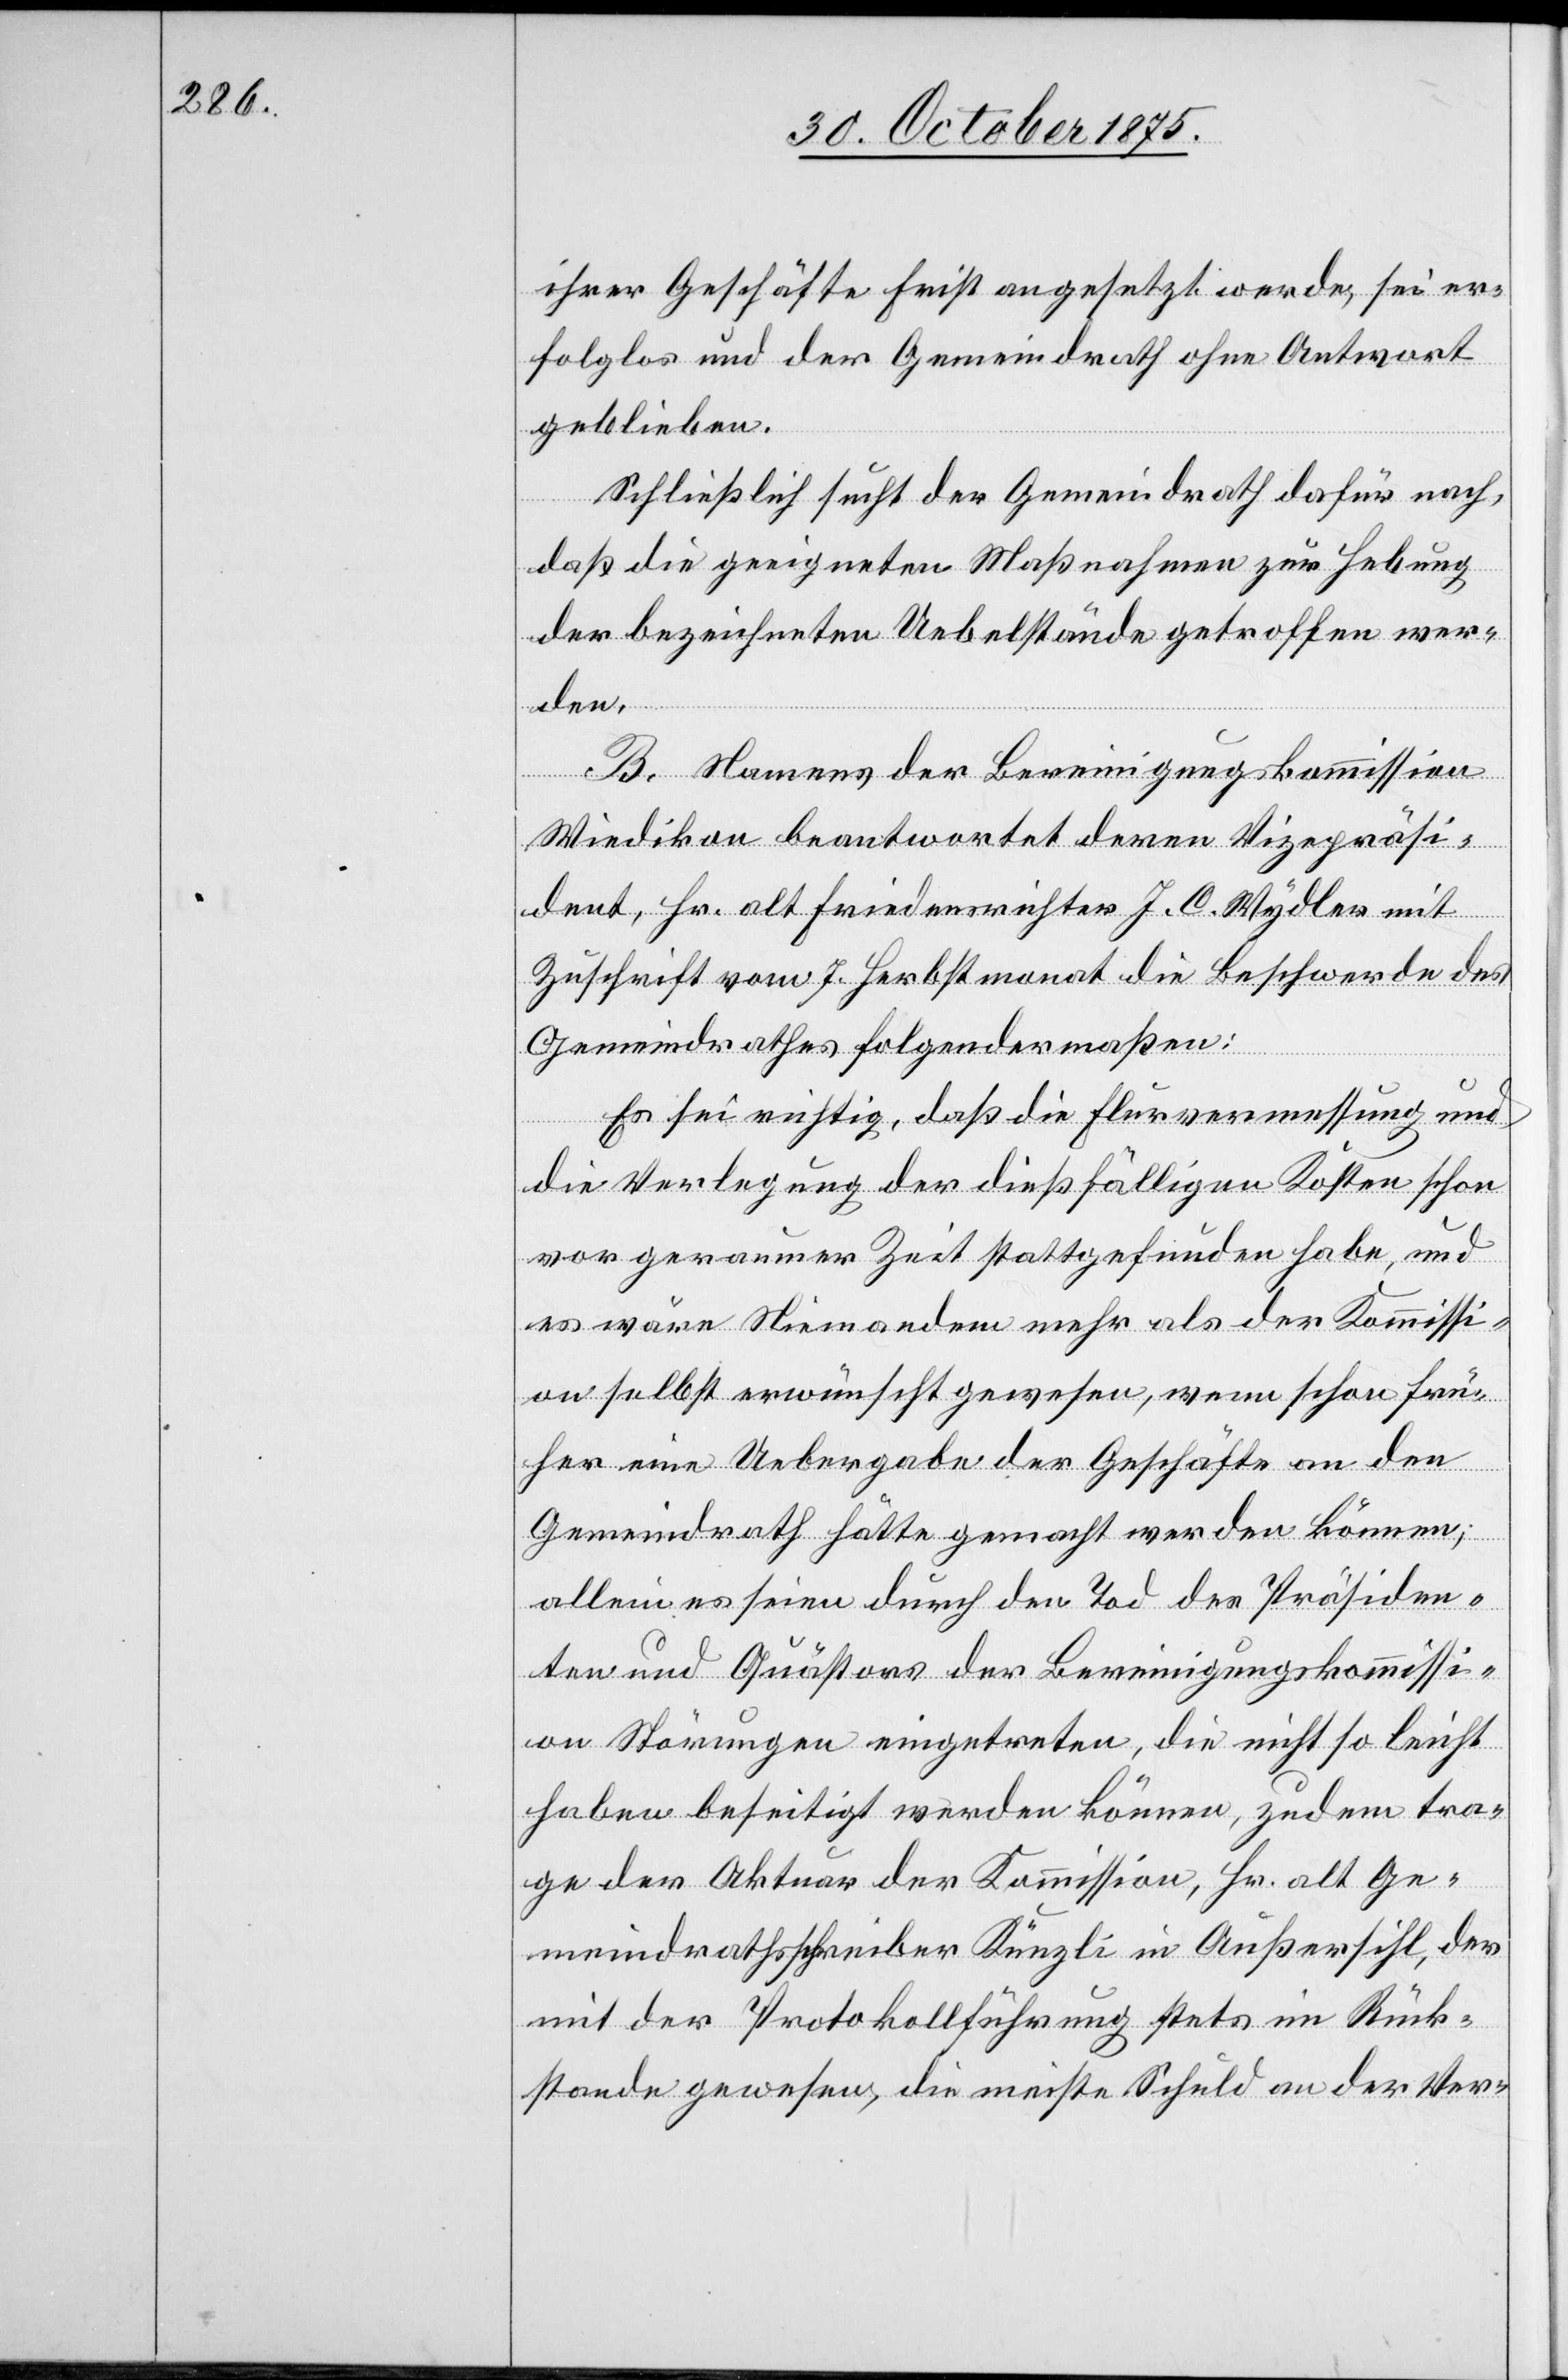
ihrer Geschäfte Frist angesetzt werde, sei er¬
folglos und der Gemeindrath ohne Antwort
geblieben.
Schließlich sucht der Gemeindrath dafür nach,
daß die geeigneten Maßnahmen zur Hebung
der bezeichneten Uebelstände getroffen wer¬
den.
B. Namens der Bereinigungskommission
Wiedikon beantwortet deren Vizepräsi¬
dent, Hr. alt Friedensrichter J. C. Wydler mit
Zuschrift vom 7. Herbstmonat die Beschwerde des
Gemeindrathes folgendermaßen:
Es sei richtig, daß die Flurvermessung und
die Verlegung der dießfälligen Kosten schon
vor geraumer Zeit stattgefunden habe, und
es wäre Niemandem mehr als der Kommissi¬
on selbst erwünscht gewesen, wenn schon frü¬
her eine Uebergabe der Geschäfte an den
Gemeindrath hätte gemacht werden können;
allein es seien durch den Tod des Präsiden¬
ten und Quästors der Bereinigungskommissi¬
on Störungen eingetreten, die nicht so leicht
haben beseitigt werden können, zudem tra¬
ge der Aktuar der Kommission, Hr. alt Ge¬
meindrathsschreiber Künzli in Außersihl, der
mit der Protokollführung stets im Rück¬
stande gewesen, die meiste Schuld an der Ver-